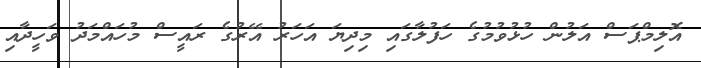
އޮލިމްޕަސް އަލުން ހުޅުވުމުގެ ހަފުލާގައި މިދިޔަ އަހަރު އޭރުގެ ރައީސް މުހައްމަދު ވަހީދާއި